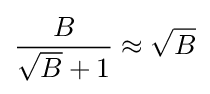
{\frac {B}{{\sqrt {B}}+1}}\approx {\sqrt {B}}